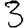
Digit: 3